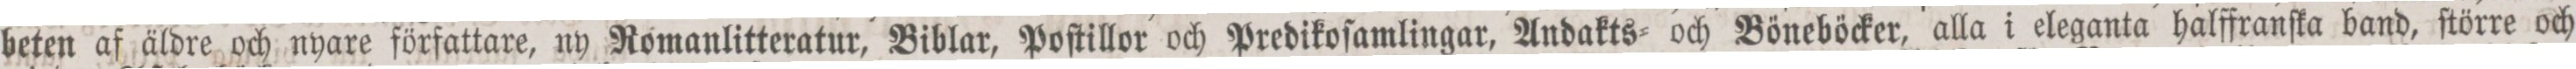
beten af äldre och nyare författare, ny Romanlitteratur, Biblar, Poſtillor och Predikoſamlingar, Andakts- och Böneböcker, alla i eleganta halffranſka band, ſtörre och